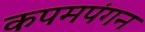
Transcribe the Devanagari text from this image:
कपमपंगन